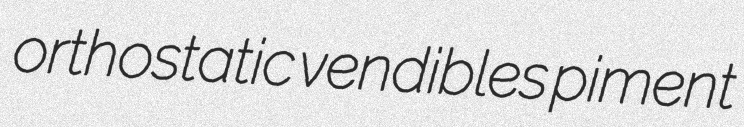
orthostatic vendibles piment